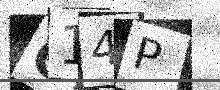
Text: C14P